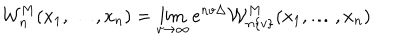
{ { \mathcal W } _ { n } ^ { { { M } } } } ( x _ { 1 } , \ldots , x _ { n } ) = \lim _ { v \to \infty } e ^ { n v \Delta } { \mathcal W } _ { n \{ v \} } ^ { M } ( x _ { 1 } , \ldots , x _ { n } )